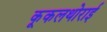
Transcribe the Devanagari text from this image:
कूकलथोराई